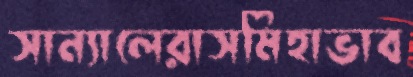
সান্যালেরাসমিহাভাব